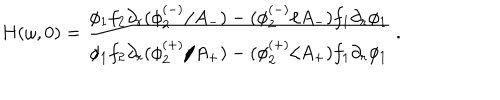
H ( \omega , 0 ) = \frac { \phi _ { 1 } f _ { 2 } \partial _ { r } ( \phi _ { 2 } ^ { ( - ) } / A _ { - } ) - ( \phi _ { 2 } ^ { ( - ) } / A _ { - } ) f _ { 1 } \partial _ { r } \phi _ { 1 } } { \phi _ { 1 } f _ { 2 } \partial _ { r } ( \phi _ { 2 } ^ { ( + ) } / A _ { + } ) - ( \phi _ { 2 } ^ { ( + ) } / A _ { + } ) f _ { 1 } \partial _ { r } \phi _ { 1 } } \ .